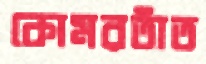
কোমরতাঁত